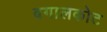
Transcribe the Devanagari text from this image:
बगालकोट